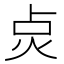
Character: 𭴙